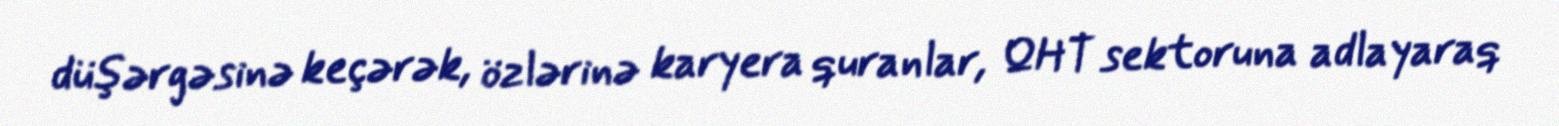
düşərgəsinə keçərək, özlərinə karyera quranlar, QHT sektoruna adlayaraq